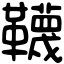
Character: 韈